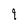
Character: 9